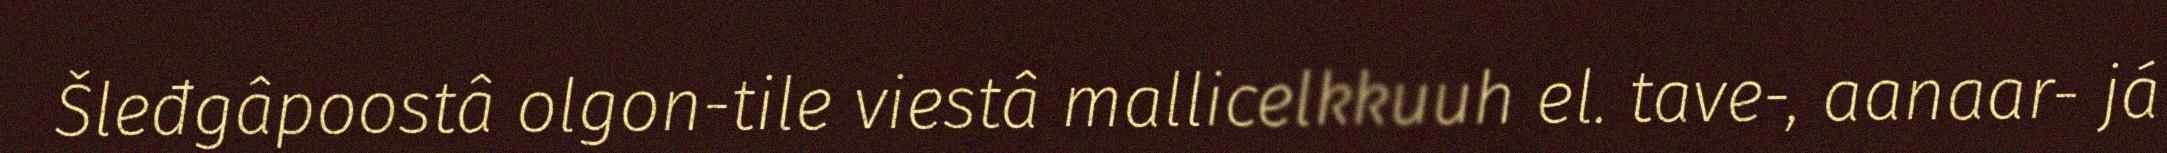
Šleđgâpoostâ olgon-tile viestâ mallicelkkuuh el. tave-, aanaar- já